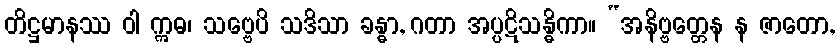
တိဋ္ဌမာနဿ ဝါ ဣဓ၊ သဗ္ဗေပိ သဒိသာ ခန္ဓာ, ဂတာ အပ္ပဋိသန္ဓိကာ။ “အနိဗ္ဗတ္တေန န ဇာတော,